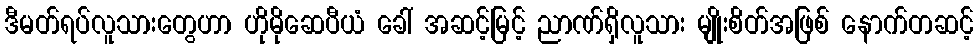
ဒီမတ်ရပ်လူသားတွေဟာ ဟိုမိုဆေပီယံ ခေါ် အဆင့်မြင့် ညာဏ်ရှိလူသား မျိုးစိတ်အဖြစ် နောက်တဆင့်